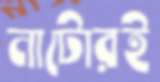
নাটোরই